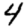
Digit: 4